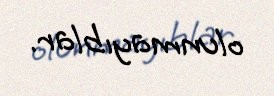
olunmayıblar.